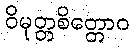
ဝိမုတ္တစိတ္တောဝ